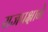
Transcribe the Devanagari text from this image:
राजपक्षाने